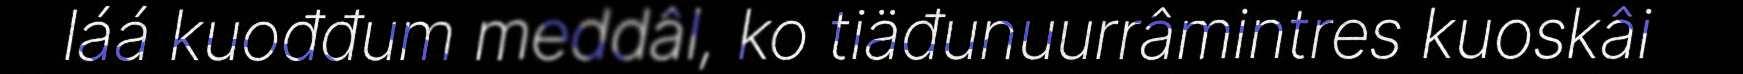
láá kuođđum meddâl, ko tiäđunuurrâmintres kuoskâi